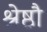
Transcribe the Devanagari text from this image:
श्रेष्ठौ